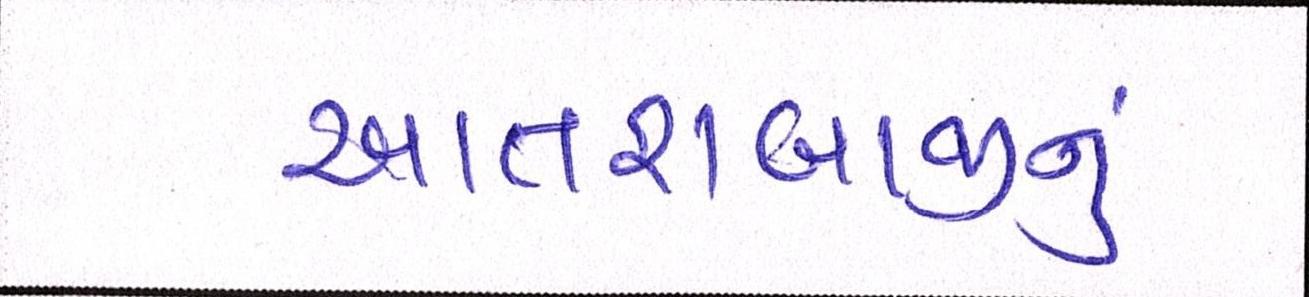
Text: આતશબાજીનું